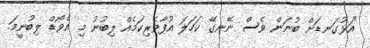
"އަޅުގަނޑަށް ބުނަން ވެސް ނޭނގޭ ކަހަލަ އުފާވެރިކަމެއް ލިބުނު މި އެވޯޑް ލިބުނީމަ.